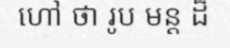
ហៅ ថា រូប មន្ត ដ៏